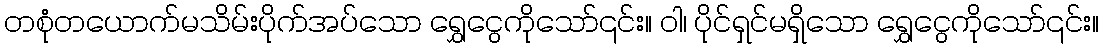
တစုံတယောက်မသိမ်းပိုက်အပ်သော ရွှေငွေကိုသော်၎င်း။ ဝါ၊ ပိုင်ရှင်မရှိသော ရွှေငွေကိုသော်၎င်း။